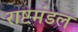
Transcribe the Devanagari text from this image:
राष्टमंडल